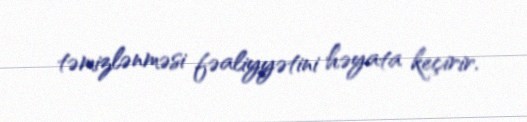
təmizlənməsi fəaliyyətini həyata keçirir.